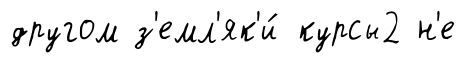
другом з'емл'як'и́ курсы2 н'е